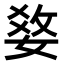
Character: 𤕢